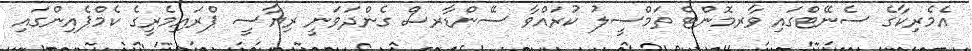
އެމެރިކާގެ ސެނޭޓްގައި ވާރމޮންޓް ތަމްސީލު ކުރައްވާ ސޭންޑާރސް ގެންދަވަނީ ރިޔާސީ ޕްރައިމެރީގެ ކެމްޕެއިންގައި